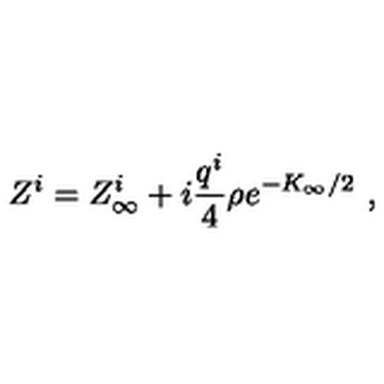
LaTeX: Z ^ { i } = Z _ { \infty } ^ { i } + i { \frac { q ^ { i } } { 4 } } \rho e ^ { - K _ { \infty } / 2 } \ ,